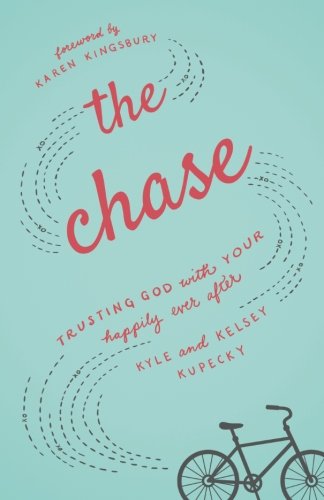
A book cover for The Chase: Trusting God with Your Happily Ever After; Kyle Kupecky; Christian Books & Bibles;